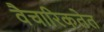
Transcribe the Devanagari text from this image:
वैचारिकतेत